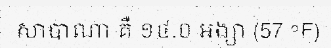
សាបាណា គឺ ១៤.០ អង្សា (57 °F)